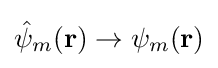
{\hat {\psi }}_{m}({\bf {r}})\rightarrow {\psi }_{m}({\bf {r}})